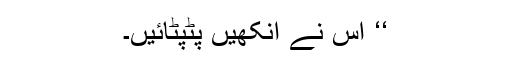
‘‘ اس نے آنکھیں پٹپٹائیں۔